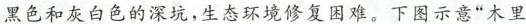
黑色和灰白色的深坑，生态环境修复困难。下图示意”木里